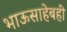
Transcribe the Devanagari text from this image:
भाऊसाहेबही